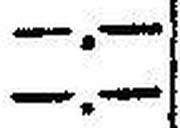
—.—